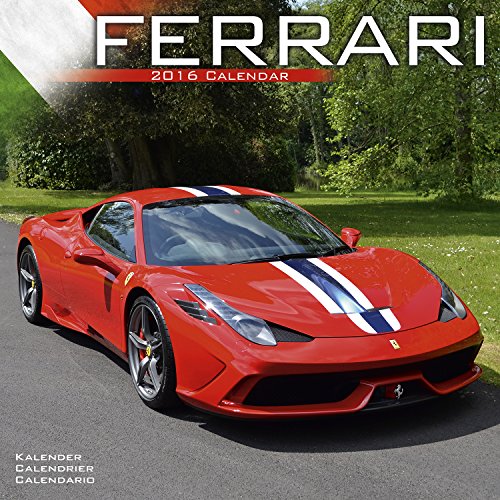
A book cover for Ferrari Calendar- 2016 Wall calendars - Car Calendar - Automobile Calendar - Monthly Wall Calendar by Avonside; MegaCalendars; Calendars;